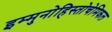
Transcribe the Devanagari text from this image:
इम्मुनोहिस्तोचेमिकल